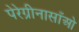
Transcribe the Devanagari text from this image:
पेरेग्रीनासाँओ